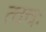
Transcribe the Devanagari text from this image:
त्वचः